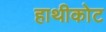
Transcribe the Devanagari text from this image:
हाथीकोट